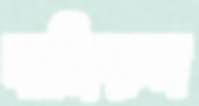
নাজিরুল